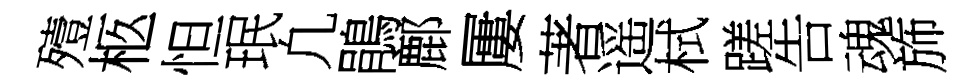
殪柩怛珉凢鵑鄜屢著遥栻蹉告魂斾